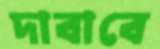
দাবাবে